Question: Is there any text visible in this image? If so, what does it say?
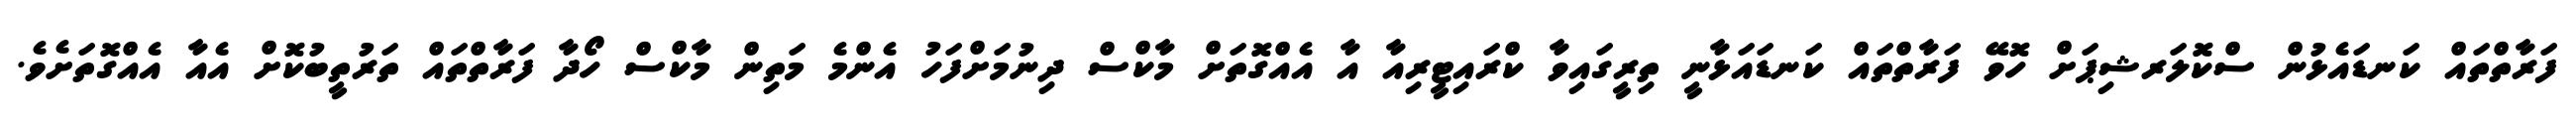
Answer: ފަރާތްތައް ކަނޑައެޅުން ސްކޮލަރޝިޕަށް ހޮވޭ ފަރާތްތައް ކަނޑައަޅާނީ ތިރީގައިވާ ކްރައިޓީރިއާ އާ އެއްގޮތަށް މާކްސް ދިނުމަށްފަހު އެންމެ މަތިން މާކްސް ހޯދާ ފަރާތްތައް ތަރުތީބުކޮށް އެއާ އެއްގޮތަށެވެ.